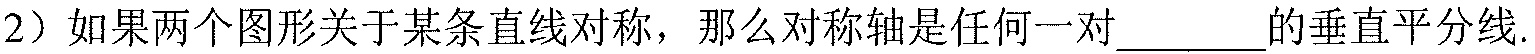
2）如果两个图形关于某条直线对称，那么对称轴是任何一对________的垂直平分线.